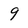
Character: 9